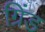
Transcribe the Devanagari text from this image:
ग्रिंड